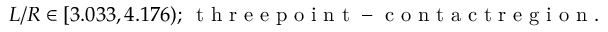
L / R \in [ 3 . 0 3 3 , 4 . 1 7 6 ) ; \, \mathrm { ~ t ~ h ~ r ~ e ~ e ~ p ~ o ~ i ~ n ~ t ~ - ~ c ~ o ~ n ~ t ~ a ~ c ~ t ~ r ~ e ~ g ~ i ~ o ~ n ~ } .